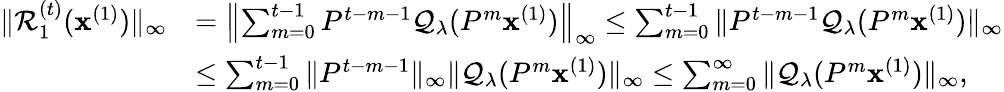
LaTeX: \begin{array}{rl}{\| \mathcal{R}_{1}^{(t)}(\mathbf{x}^{(1)})\| _{\infty}}&{=\left\| \sum_{m=0}^{t-1}P^{t-m-1}\mathcal{Q}_{\lambda}(P^{m}\mathbf{x}^{(1)})\right\| _{\infty}\leq\sum_{m=0}^{t-1}\| P^{t-m-1}\mathcal{Q}_{\lambda}(P^{m}\mathbf{x}^{(1)})\| _{\infty}}\\ &{\leq\sum_{m=0}^{t-1}\| P^{t-m-1}\| _{\infty}\| \mathcal{Q}_{\lambda}(P^{m}\mathbf{x}^{(1)})\| _{\infty}\leq\sum_{m=0}^{\infty}\| \mathcal{Q}_{\lambda}(P^{m}\mathbf{x}^{(1)})\| _{\infty},}\end{array}